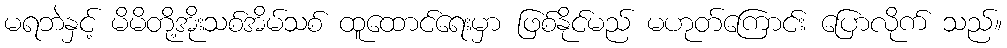
မရဘဲနှင့် မိမိတို့အိုးသစ်အိမ်သစ် ထူထောင်ရေးမှာ ဖြစ်နိုင်မည် မဟုတ်ကြောင်း ပြောလိုက် သည်။